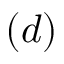
( d )